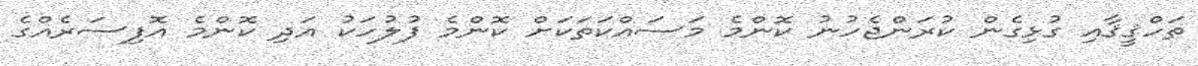
ތަހްޤީޤާއި ގުޅިގެން ކުރަންޖެހުނު ކޮންމެ މަސައްކަތަކަށް ކޮންމެ ފުލުހަކު އަދި ކޮންމެ އޮފިސަރެއްގެ